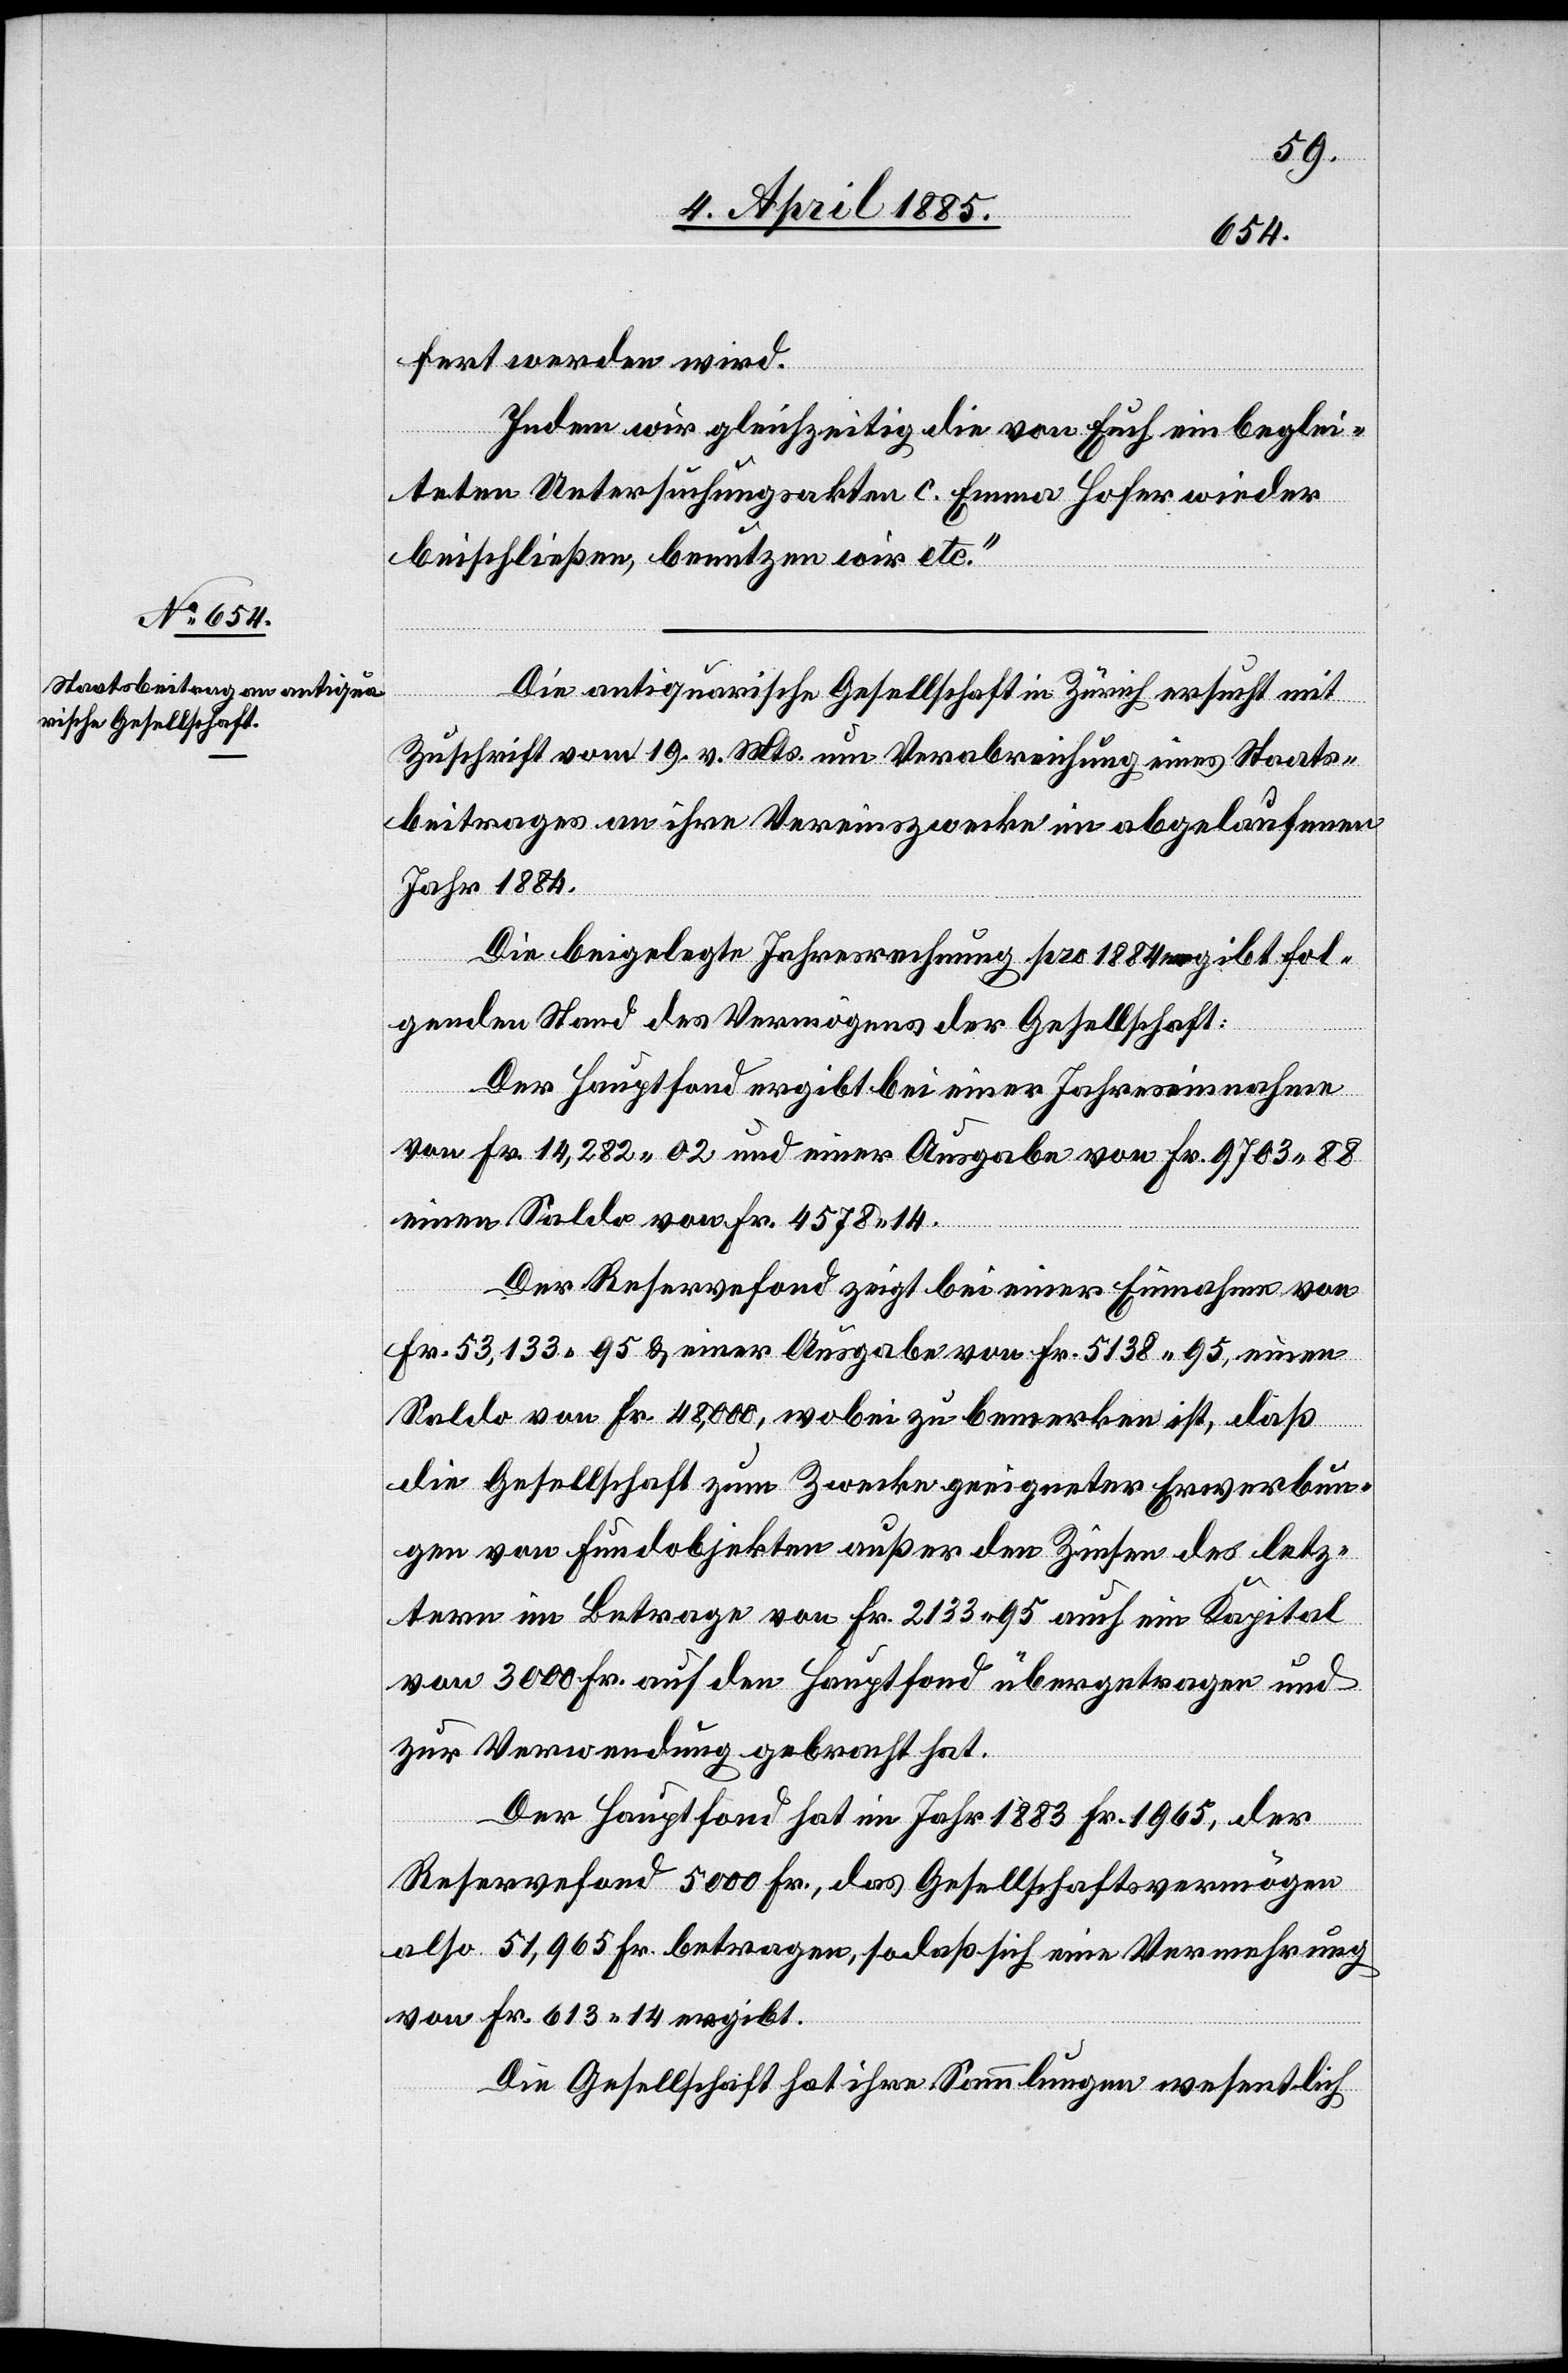
fert werden wird.
Indem wir gleichzeitig die von euch einbeglei¬
teten Untersuchungsakten c. Emma Hofer wieder
beischließen, benutzen wir etc.“
Die antiquarische Gesellschaft in Zürich ersucht mit
Zuschrift vom 19. v. Mts. um Verabreichung eines Staats¬
beitrages an ihre Vereinszwecke im abgelaufenen
Jahr 1884
Die beigelege Jahresrechnung pro 1885 gibt fol¬
genden Stand des Vermögens der Gesellschaft:
Der Hauptfond ergibt bei einer Jahreseinnahme
von Fr. 14,282 02 und einer Ausgabe von Fr. 9793 88
einen Saldo von Fr. 4578 14.
Der Reservefond zeigt bei einer Einnahme von
Fr. 53,133 95 & einer Ausgabe von Fr. 5138 95, einen
Saldo von Fr. 48,000, wobei zu bemerken ist, daß
die Gesellschaft zum Zwecke geeigneter Erwerbun¬
gen von Fundobjekten außer den Zinsen des letz¬
tern im Betrage von Fr. 2133 95 auch ein Kapital
von 3000 Fr. auf den Hauptfond übergetragen und
zur Verwendung gebracht hat.
Der Hauptfond hat im Jahr 1883 Fr. 1965, der
Reservefond 5000 Fr., das Gesellschaftsvermögen
also 51,965 Fr. betragen, so daß sich eine Vermehrung
von Fr. 613 14 ergibt.
Die Gesellschaft hat ihre Sammlungen wesentlich